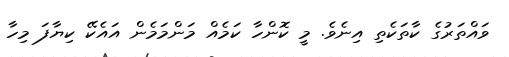
ވައްތަރުގެ ކާތަކެތި އިނެވެ. މީ ކޮންހާ ކަމެއް މަންމަމެން އައެކޭ ކިޔާފަ މިހާ